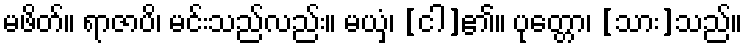
မဖိတ်။ ရာဇာပိ၊ မင်းသည်လည်း။ မယှံ၊ [ငါ]၏။ ပုတ္တော၊ [သား]သည်။